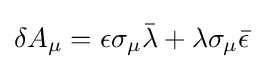
\delta A_{\mu }=\epsilon \sigma _{\mu }{\bar {\lambda }}+\lambda \sigma _{\mu }{\bar {\epsilon }}